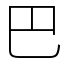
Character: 巴